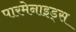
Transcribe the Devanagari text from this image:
पारमेनाइड्स